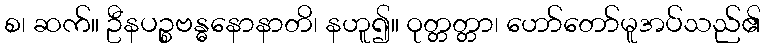
စ၊ ဆက်။ ဦနပဉ္စဗန္ဓနောနာတိ၊ နဟူ၍။ ဝုတ္တတ္တာ၊ ဟော်တော်မူအပ်သည်၏